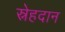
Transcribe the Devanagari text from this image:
स्नेहदान